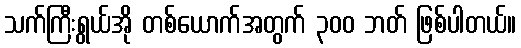
သက်ကြီးရွယ်အို တစ်ယောက်အတွက် ၃၀၀ ဘတ် ဖြစ်ပါတယ်။